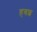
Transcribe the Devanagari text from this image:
हबश